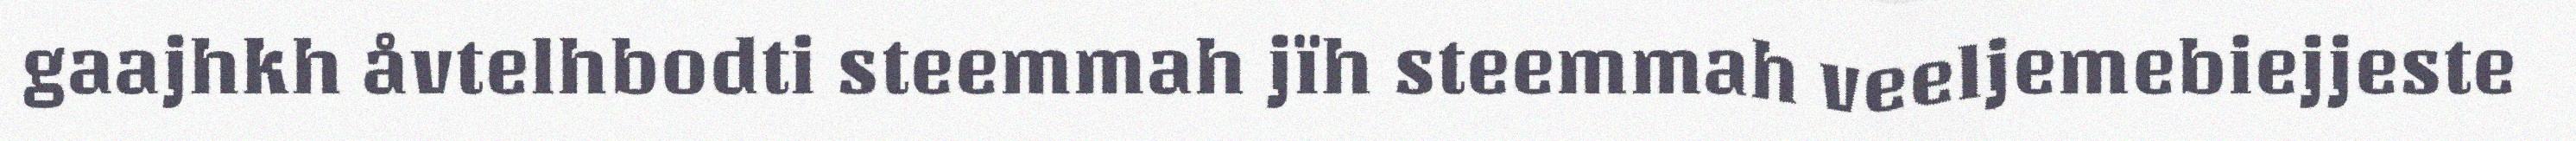
gaajhkh åvtelhbodti steemmah jïh steemmah veeljemebiejjeste